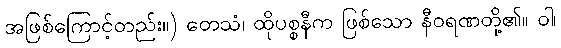
အဖြစ်ကြောင့်တည်း။) တေသံ၊ ထိုပစ္စနီက ဖြစ်သော နီဝရဏတို့၏။ ဝါ၊